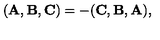
( { \bf A } , { \bf B } , { \bf C } ) = - ( { \bf C } , { \bf B } , { \bf A } ) ,